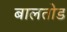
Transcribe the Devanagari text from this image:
बालतोड